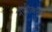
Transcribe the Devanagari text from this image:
नाज़ीकरण